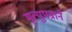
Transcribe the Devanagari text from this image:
मृत्युपत्राने